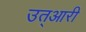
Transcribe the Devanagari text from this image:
उत्आरी